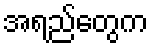
အရည်တွေက